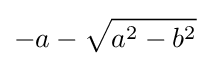
-a-{\sqrt {a^{2}-b^{2}}}